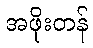
အဖိုးတန်